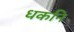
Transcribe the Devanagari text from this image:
धकनि